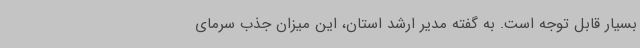
بسیار قابل توجه است. به گفته مدیر ارشد استان، این میزان جذب سرمای